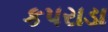
કપરાડા